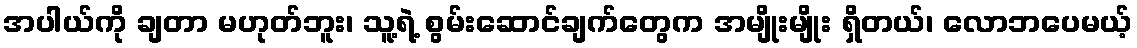
အပါယ်ကို ချတာ မဟုတ်ဘူး၊ သူ့ရဲ့ စွမ်းဆောင်ချက်တွေက အမျိုးမျိုး ရှိတယ်၊ လောဘပေမယ့်